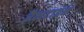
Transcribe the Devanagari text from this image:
रैलटाइन